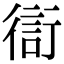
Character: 𧗳